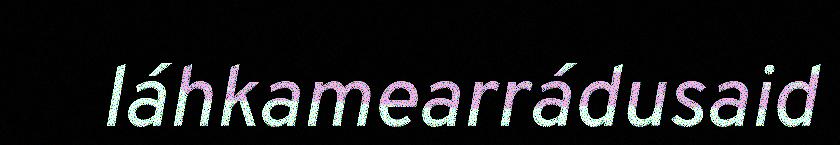
láhkamearrádusaid